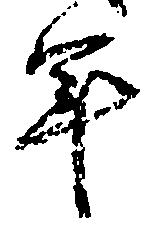
年